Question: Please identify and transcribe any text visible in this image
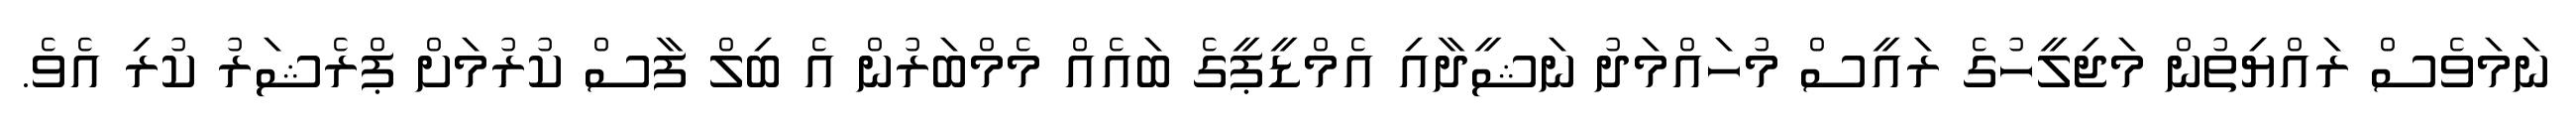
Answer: ނަމަވެސް ރައްޔިތުން މަޖިލީހުގެ ރައީސް މުހައްމަދު ނަޝީދާއި އެމްޑީޕީގެ ބައެއް މެމްބަރުން އެ ބިލް ފާސް ކުރުމަށް ޕްރެޝަރު ކުރި އެވެ.